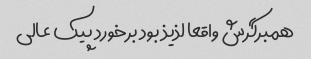
همبرگرش واقعا لذیذ بود برخورد پیک عالى